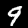
Digit: 9